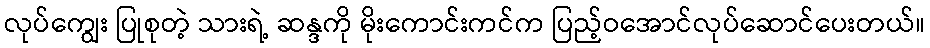
လုပ်ကျွေး ပြုစုတဲ့ သားရဲ့ ဆန္ဒကို မိုးကောင်းကင်က ပြည့်ဝအောင်လုပ်ဆောင်ပေးတယ်။